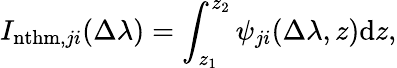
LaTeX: I_{\mathrm{nthm},ji}(\Delta\lambda)=\int_{z_{1}}^{z_{2}}\psi_{ji}(\Delta\lambda,z)\mathrm{d}z,